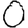
Digit: 0